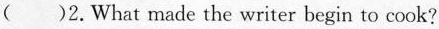
( )2.What made the writer begin to cook?